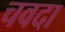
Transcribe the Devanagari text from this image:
चवदा